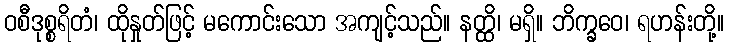
ဝစီဒုစ္စရိတံ၊ ထိုနှုတ်ဖြင့် မကောင်းသော အကျင့်သည်။ နတ္ထိ၊ မရှိ။ ဘိက္ခဝေ၊ ရဟန်းတို့။